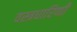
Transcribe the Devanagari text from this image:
वस्त्रधारिणी